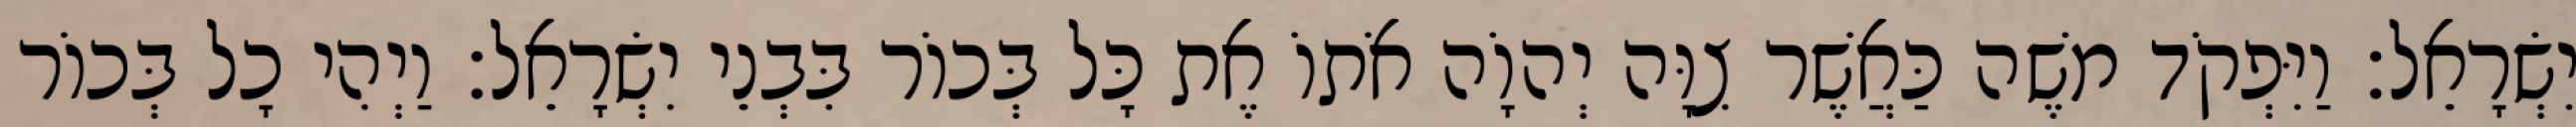
יִשְׂרָאֵל׃ וַיִּפְקֹד משֶׁה כַּאֲשֶׁר צִוָּה יְהוָֹה אֹתוֹ אֶת כָּל בְּכוֹר בִּבְנֵי יִשְׂרָאֵל׃ וַיְהִי כָל בְּכוֹר